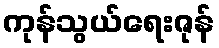
ကုန်သွယ်ရေးဇုန်